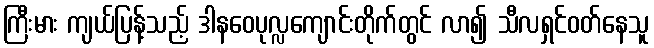
ကြီးမား ကျယ်ပြန့်သည့် ဒါနဝေပုလ္လကျောင်းတိုက်တွင် လာ၍ သီလရှင်ဝတ်နေသူ